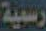
رسمية